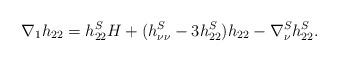
LaTeX: \begin{align*}\nabla_1 h_{22}= h^S_{22} H + (h^S_{\nu \nu} -3 h^S_{22}) h_{22} - \nabla_\nu^S h^S_{22} .\end{align*}